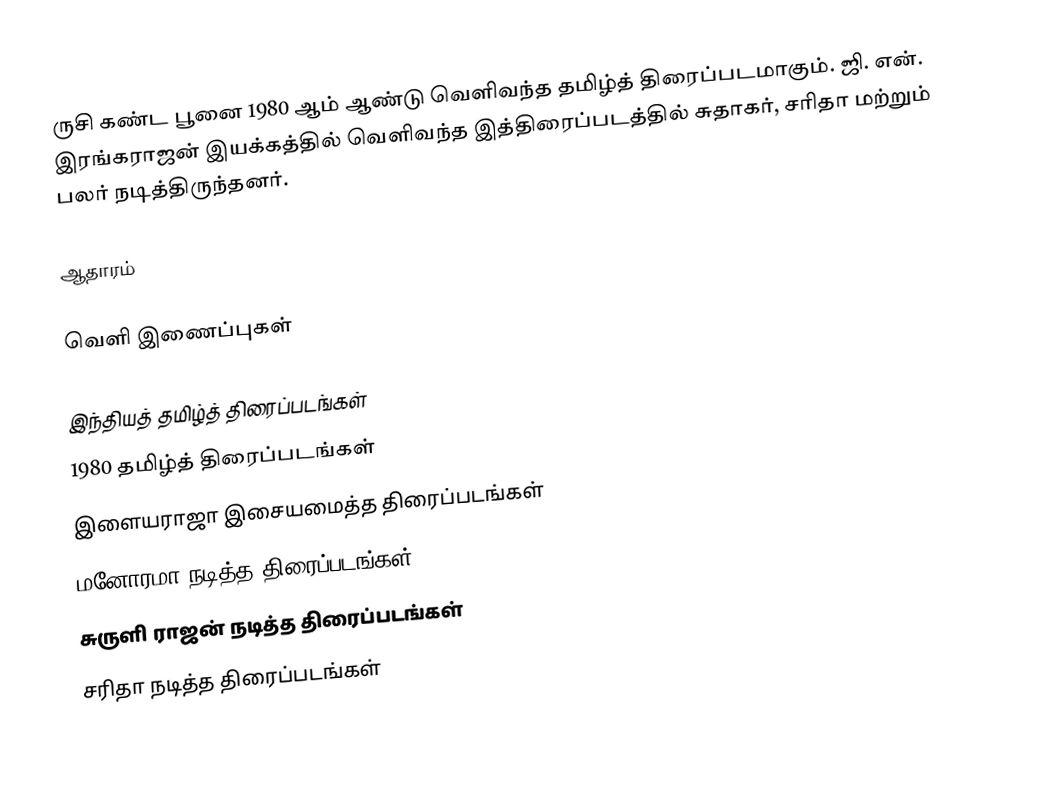
ருசி கண்ட பூனை 1980 ஆம் ஆண்டு வெளிவந்த தமிழ்த் திரைப்படமாகும். ஜி. என். இரங்கராஜன் இயக்கத்தில் வெளிவந்த இத்திரைப்படத்தில் சுதாகர், சரிதா மற்றும் பலர் நடித்திருந்தனர்.

ஆதாரம்

வெளி இணைப்புகள்

இந்தியத் தமிழ்த் திரைப்படங்கள்
1980 தமிழ்த் திரைப்படங்கள்
இளையராஜா இசையமைத்த திரைப்படங்கள்
மனோரமா நடித்த திரைப்படங்கள்
சுருளி ராஜன் நடித்த திரைப்படங்கள்
சரிதா நடித்த திரைப்படங்கள்